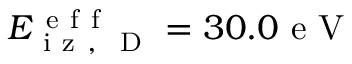
E _ { \mathrm { ~ i ~ z ~ , ~ } \mathrm { ~ D ~ } } ^ { \mathrm { ~ e ~ f ~ f ~ } } = 3 0 . 0 \mathrm { ~ e ~ V ~ }